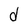
Character: d